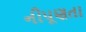
નીપૂણતા